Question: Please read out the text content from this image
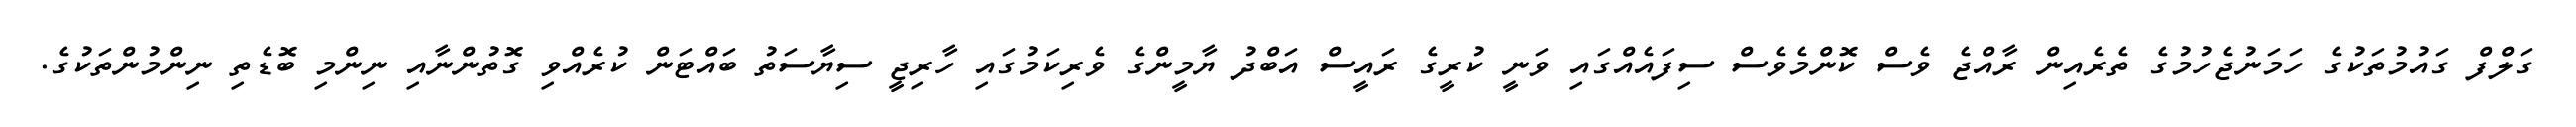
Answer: ގަލްފް ގައުމުތަކުގެ ހަމަނުޖެހުމުގެ ތެރެއިން ރާއްޖެ ވެސް ކޮންމެވެސް ސިފައެއްގައި ވަނީ ކުރީގެ ރައީސް އަބްދު ޔާމީންގެ ވެރިކަމުގައި ހާރިޖީ ސިޔާސަތު ބައްޓަން ކުރެއްވި ގޮތުންނާއި ނިންމި ބޮޑެތި ނިންމުންތަކުގެ.